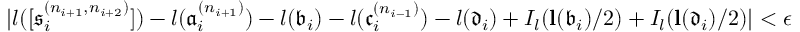
| l ( [ \mathfrak { s } _ { i } ^ { ( n _ { i + 1 } , n _ { i + 2 } ) } ] ) - l ( \mathfrak { a } _ { i } ^ { ( n _ { i + 1 } ) } ) - l ( \mathfrak { b } _ { i } ) - l ( \mathfrak { c } _ { i } ^ { ( n _ { i - 1 } ) } ) - l ( \mathfrak { d } _ { i } ) + I _ { l } ( \mathbf { { l } } ( \mathfrak { b } _ { i } ) / 2 ) + I _ { l } ( \mathbf { { l } } ( \mathfrak { d } _ { i } ) / 2 ) | < \epsilon